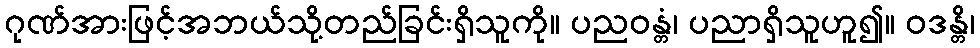
ဂုဏ်အားဖြင့်အဘယ်သို့တည်ခြင်းရှိသူကို။ ပညဝန္တံ၊ ပညာရှိသူဟူ၍။ ဝဒန္တိ၊